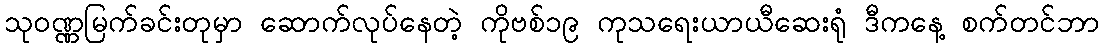
သုဝဏ္ဏမြက်ခင်းတုမှာ ဆောက်လုပ်နေတဲ့ ကိုဗစ်၁၉ ကုသရေးယာယီဆေးရုံ ဒီကနေ့ စက်တင်ဘာ